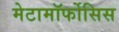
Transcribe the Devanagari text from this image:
मेटामॉर्फोसिस